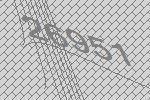
26951